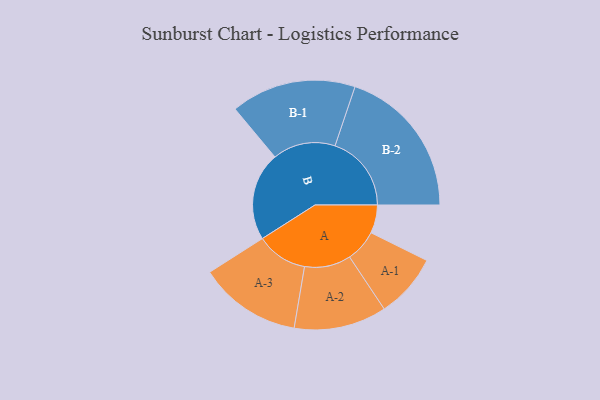
{"axis": {"x": "Segment", "y": "Value"}, "legend": ["", "A", "B"], "data": [{"x": "A", "y": 109, "type": ""}, {"x": "B", "y": 342, "type": ""}, {"x": "A-1", "y": 124, "type": "A"}, {"x": "A-2", "y": 179, "type": "A"}, {"x": "A-3", "y": 198, "type": "A"}, {"x": "B-1", "y": 242, "type": "B"}, {"x": "B-2", "y": 295, "type": "B"}]}